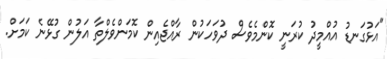
"އަޅުގަނޑު އުއްމީދު ކުރަނީ ކޮންމެވެސް ދުވަހަކުން ރާއްޖެއިން ކޮމަންވެލްތާ އަލުން ގުޅޭނެ ކަމަށް.